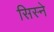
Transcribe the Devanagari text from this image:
सिस्ने